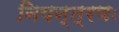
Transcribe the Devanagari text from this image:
नियन्त्रणः